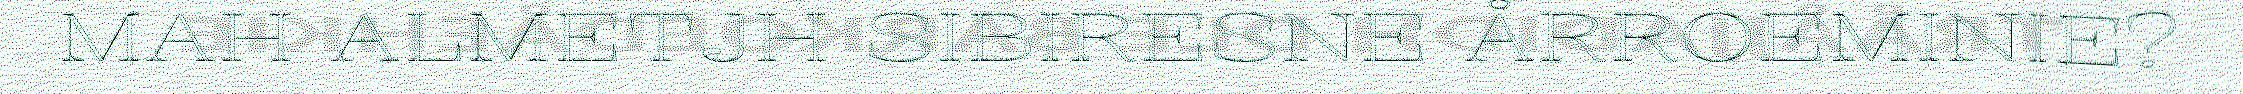
MAH ALMETJH SIBIRESNE ÅRROEMINIE?